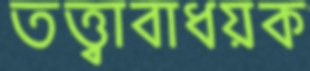
তত্ত্বাবাধয়ক